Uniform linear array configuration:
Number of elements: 8
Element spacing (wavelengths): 1
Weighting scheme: uniform
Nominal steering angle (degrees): -60
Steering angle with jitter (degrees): -61.085
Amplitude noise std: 0.05
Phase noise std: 0.05

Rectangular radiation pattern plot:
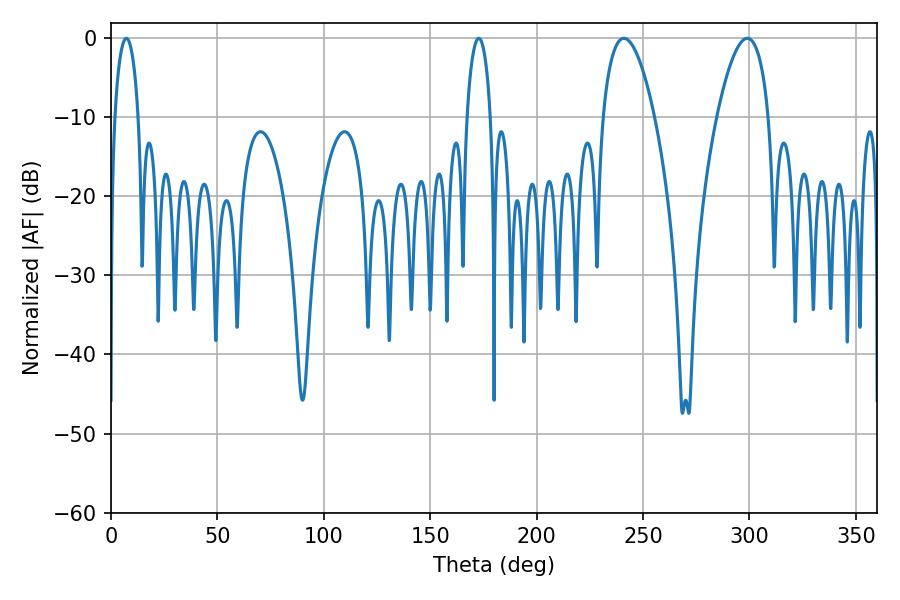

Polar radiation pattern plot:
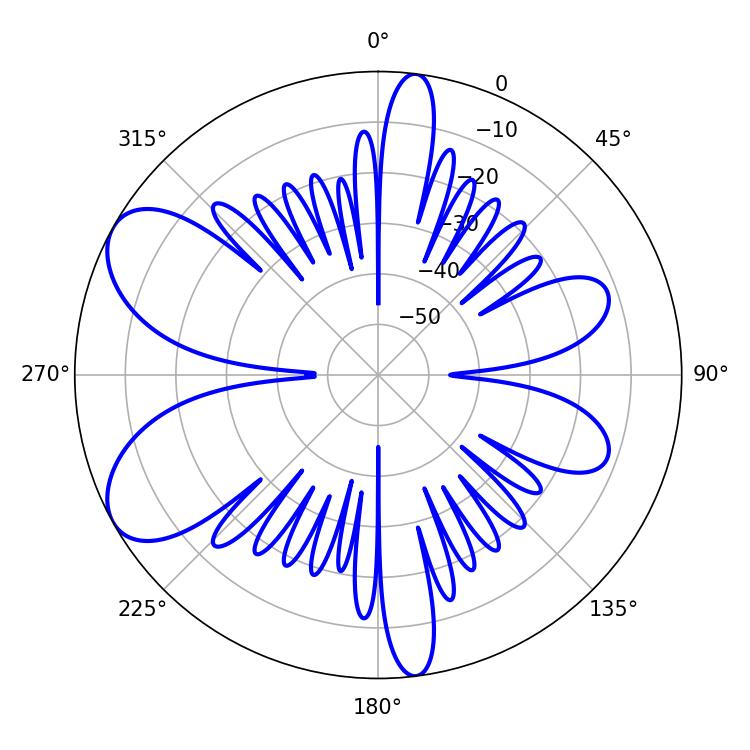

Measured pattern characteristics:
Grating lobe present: TRUE
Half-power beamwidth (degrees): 6.3
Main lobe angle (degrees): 172.8